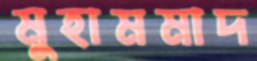
মুহামমাদ